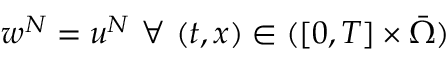
w ^ { N } = u ^ { N } \ \forall \ ( t , x ) \in ( [ 0 , T ] \times \Bar { \Omega } )